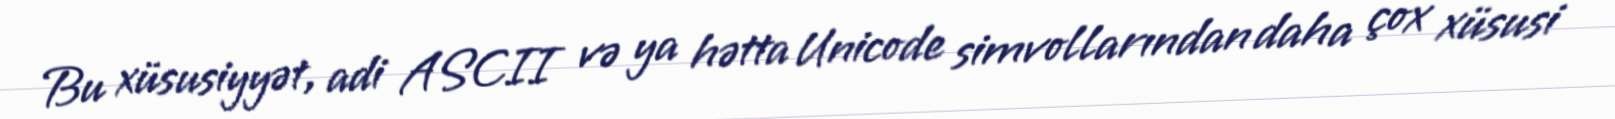
Bu xüsusiyyət, adi ASCII və ya hətta Unicode simvollarından daha çox xüsusi